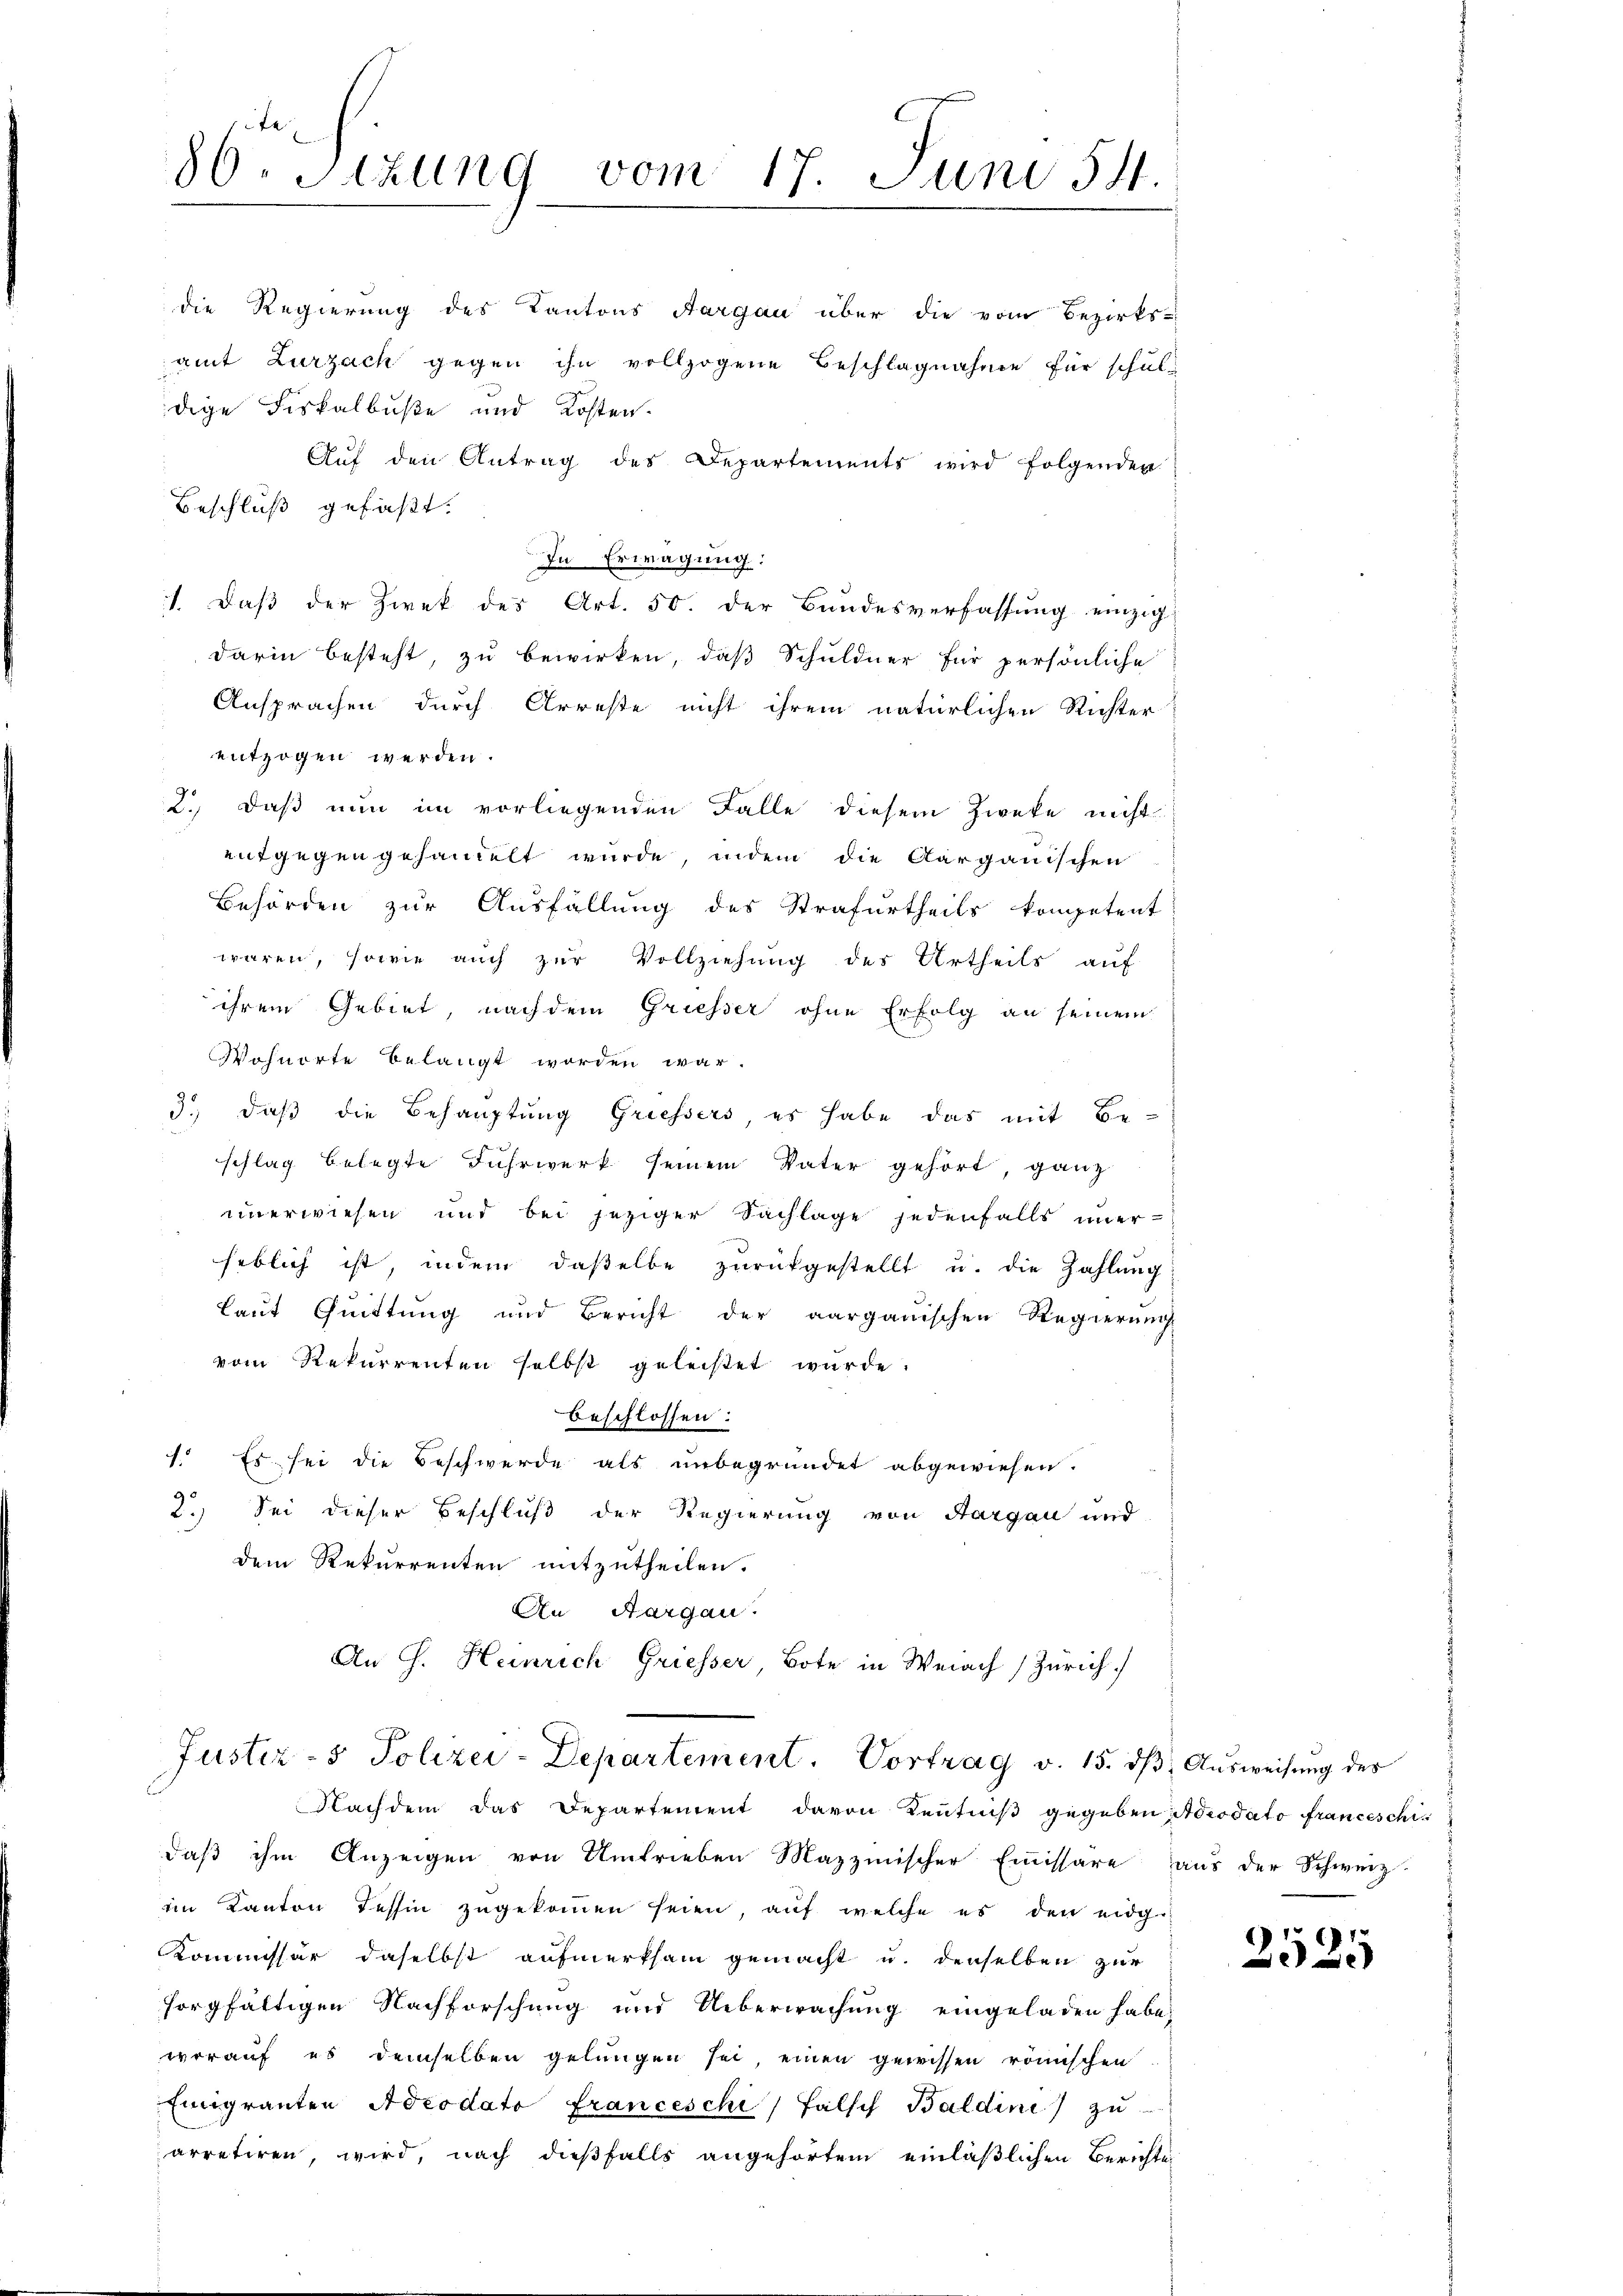
In Erwägung:
1. Daß der Zwek des Art. 50. der Bundesverfassung einzig
darin besteht, zu bewirken, daß Schuldner für persönliche
Ansprachen durch Arreste nicht ihrem natürlichen Richter
entzogen werden.
2.) Daß nun im vorliegenden Falle diesem Zweke nicht
entgegen gehandelt wurde, indem die Aargauischen
Behörden zur Ausfällung des Strafurtheils kompetent
waren, sowie auch zur Vollziehung des Urtheils auf
ihrem Gebiet, nach dem Griesser ohne Erfolg an seinem
Wohnorte belangt worden war.
3.) daß die Behauptung Griessers, es habe das mit Be-
schlag belegte Fuhrwerk seinem Vater gehört ganz
unerwiesen und bei jeziger Sachlage jedenfalls immerheblich ist, indem daßelbe zurückgestellt u. die Zahlung
laut Quittung und Bericht der aarganischen Regierung
vom Rekurrenten selbst geleistet wurde.
beschlossen:
1. Es sei die Beschwerde als unbegründet abgewiesen.
2.) Sei dieser Beschluß der Regierung von Aargau und
dem Rekurrenten mitzutheilen.
An Nargau.
An J. Heinrich Griesser Bote in Weiach Zürich.
Justiz- & Polizei-Departement. Vortrag v. 15. ds. Ausweisung des
Nachdem das Departement davon Kenntniß gegeben Adiodato franceschi
daß ihm Anzeigen von Umtrieben Mazzmischer Emissare aus der Schweiz.
iin Kanton Tessin zugekommen seien, auf welche es den eidg
Kommissär daselbst aufmerksam gemacht u. denselben zur
sorgfältigen Nachforschung und Ueberwachung eingeladen habe.
worauf es demselben gelungen sei, einen gewissen römischen
Emigranten Adeodato franceschi, falsch Baldine) zu
arretiren, wird, nach dießfalls angehörtem einläßlichen Berichte

86. Sitzung vom 17. Juni 54.

die Regierung des Kantons Aargau über die vom Bezirks-
amt Zurzach gegen ihn vollzogene Beschlagnahme für schul-
dige Fiskalbuße und Kosten.
Aŭf den Antrag des Departements wird folgenden
Beschluß gefaßt.

2
252.